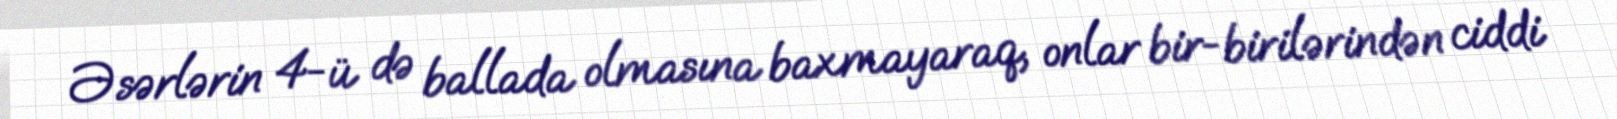
Əsərlərin 4-ü də ballada olmasına baxmayaraq, onlar bir-birilərindən ciddi